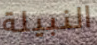
النبيلة